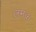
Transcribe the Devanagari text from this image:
लमक